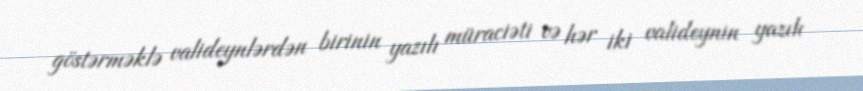
göstərməklə valideynlərdən birinin yazılı müraciəti və hər iki valideynin yazılı